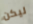
ليكن